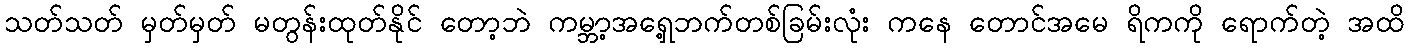
သတ်သတ် မှတ်မှတ် မတွန်းထုတ်နိုင် တော့ဘဲ ကမ္ဘာ့အရှေ့ဘက်တစ်ခြမ်းလုံး ကနေ တောင်အမေ ရိကကို ရောက်တဲ့ အထိ